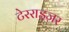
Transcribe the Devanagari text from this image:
टेरराइज़र